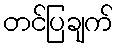
တင်ပြချက်